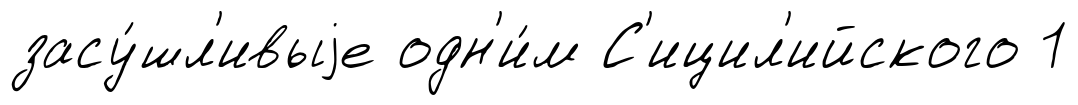
засу́шл'ивыjе одн'и́м С'ицил'ийского 1